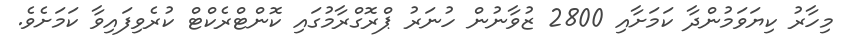
މިހާރު ކިޔަވަމުންދާ ކަމަށާއި 2800 ޒުވާނުން ހުނަރު ޕްރޮގްރާމުގައި ކޮންޓްރެކްޓް ކުރެވިފައިވާ ކަމަށެވެ.